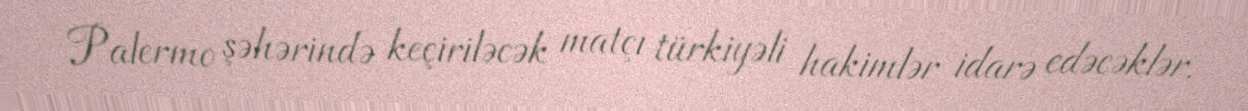
Palermo şəhərində keçiriləcək matçı türkiyəli hakimlər idarə edəcəklər.